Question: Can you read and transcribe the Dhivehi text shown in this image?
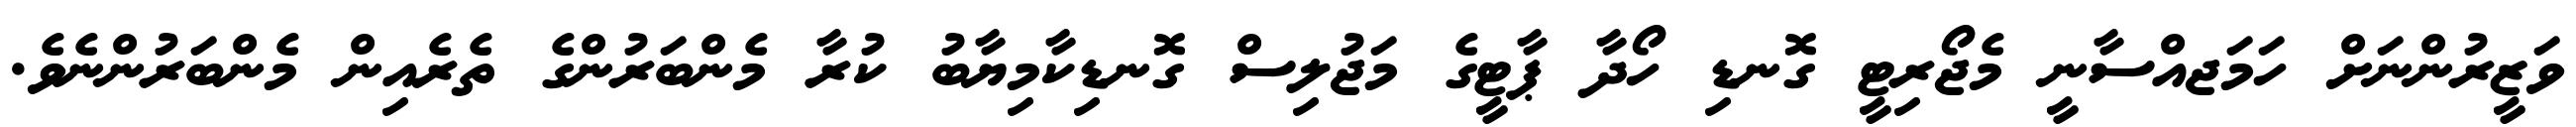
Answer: ވަޒީރުންނަށް ހަމަޖއްސާނީ މެޖޯރިޓީ ގޮނޑި ހޯދާ ޕާޓީގެ މަޖުލިސް ގޮނޑިކާމިޔާބު ކުރާ މެންބަރުންގެ ތެރެއިން މެންބަރުންނެވެ.